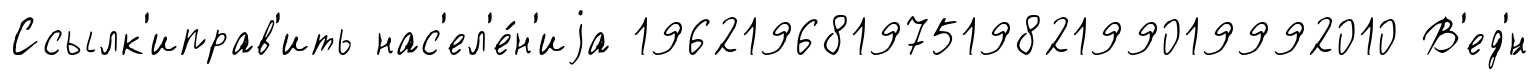
Ссылк'иправ'ить нас'ел'е́н'иjа 1962196819751982199019992010 В'ед'́н